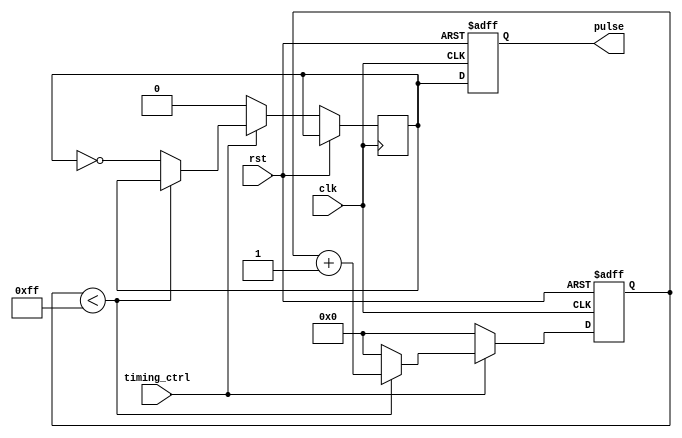
module synchronous_pulse_generator (
    input wire clk,           // Clock input signal
    input wire rst,           // Reset signal
    input wire timing_ctrl,   // Timing control signal
    output reg pulse          // Synchronized pulse output
);

reg [7:0] counter = 8'h00;   // 8-bit counter for pulse width control
reg output_reg = 1'b0;       // Output register for pulse generation

always @ (posedge clk or posedge rst) begin
    if (rst) begin
        counter <= 8'h00;
        pulse <= 1'b0;
    end else begin
        if (timing_ctrl) begin
            if (counter < 8'hFF) begin
                counter <= counter + 1;
            end else begin
                counter <= 8'h00;
                output_reg <= ~output_reg;
            end
        end else begin
            counter <= 8'h00;
            output_reg <= 1'b0;
        end
        
        pulse <= output_reg;
    end
end

endmodule